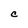
Character: C